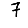
Digit: 7